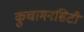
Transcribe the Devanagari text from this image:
कुचामनसिटी